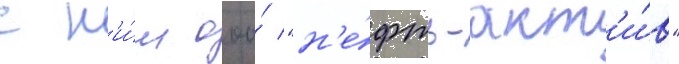
с н'и́м ооо́ "н'е́фть-акт'и́в"